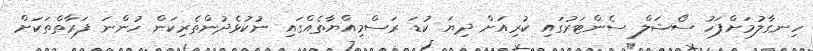
ހިނގާލުމަށްފަހު ސޯޝަލް ސެންޓަރުގައި ކުރިއަށް ދިޔަ ކުޑަ ރަސްމިއްޔާތެއްގައި ނުކުޅެދުންތެރިކަން ހުންނަ ފަރާތްތަކަށް